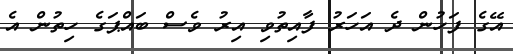
އޭގެ ފަހުން ދެ އަހަރު ފާއިތުވި އިރު ވެސް ބައްޕަގެ ހިތުން އެ